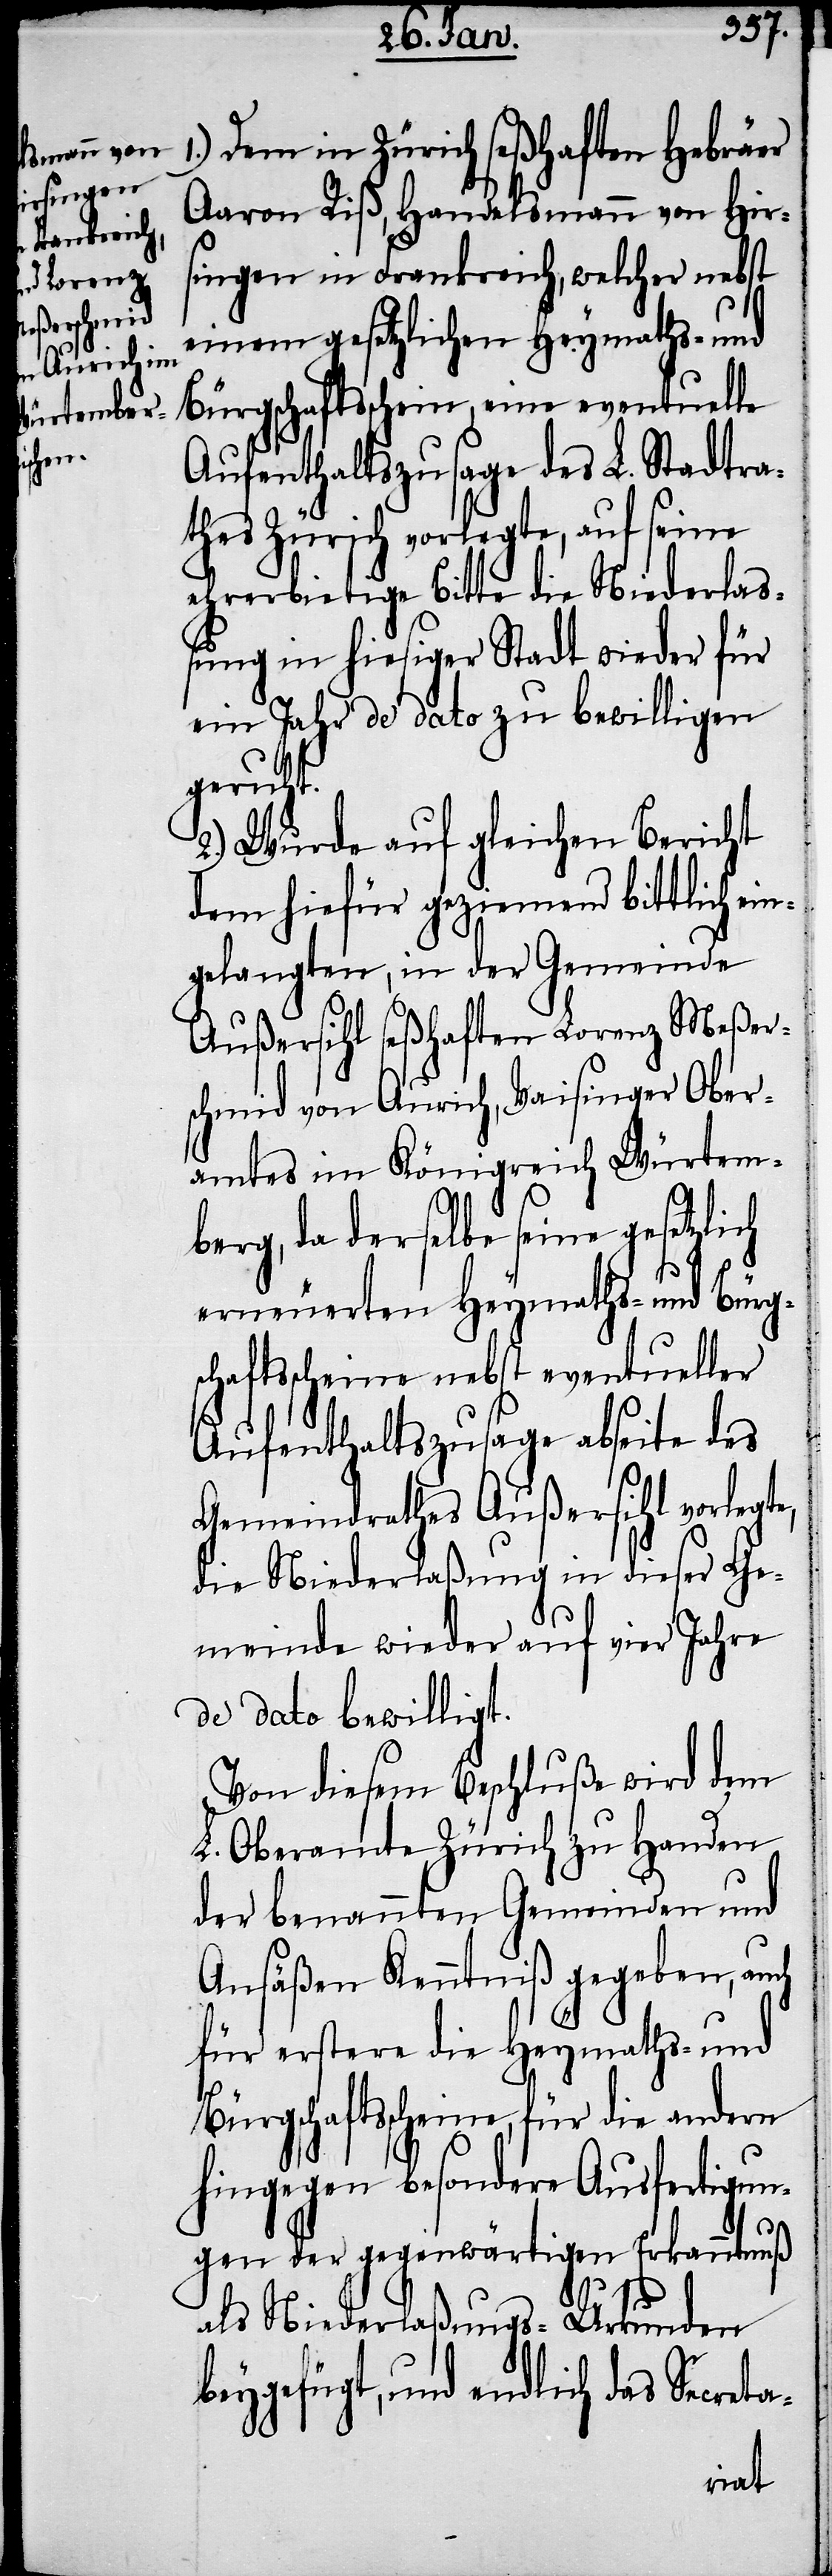
Dem in Zürich seßhaften Hebräer
Aaron Riß, Handelsmann von Hir¬
singen in Frankreich, welcher nebst
einem gesetzlichen Heymaths- und
Bürgschaftsschein, eine eventuelle
Aufenthaltszusage des L. Stadtra¬
thes Zürich vorlegte, auf seine
ehrerbietige Bitte die Niederlas¬
sung in hiesiger Stadt wieder für
ein Jahr de dato zu bewilligen
geruht.
2.) Wurde auf gleichen Bericht
dem hiefür geziemend bittlich ein¬
gelangten, in der Gemeinde
Außersihl seßhaften Lorenz Meßer¬
schmid von Aurich, Vaisinger Ober¬
amtes im Königreich Würtem¬
ch
berg, da derselbe seine gesetzli¬
erneuerten Heymaths- und Bürgs¬
chaftsscheine nebst eventueller
Aufenthaltszusage abseite des
Gemeindrathes Außersihl vorlegte,
die Niederlaßung in dieser Ge¬
meinde wieder auf vier Jahre
de dato bewilligt.
Von diesem Beschluße wird dem
L. Oberamte Zürich zu Handen
der benannten Gemeinden und
Ansäßen Kenntniß gegeben, auch
für erstere die Heymaths- und
Bürgschaftsscheine, für die andern
hingegen besondere Ausfertigun¬
gen der gegenwärtigen Erkanntnuß
als Niederlaßungs-Urkunden
beygefügt, und endlich das Secre¬
ta-